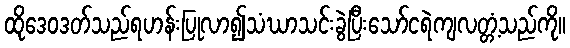
ထိုဒေဝဒတ်သည်ရဟန်းပြုလာ၍သံဃာသင်းခွဲပြီးသော်ငရဲကျလတ္တံ့သည်ကို။